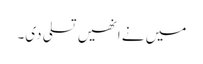
میں نے انھیں تسلی دی۔